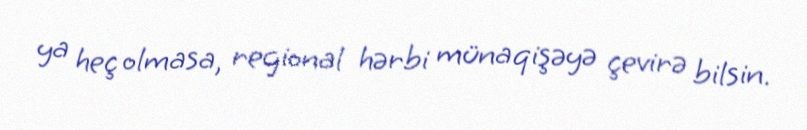
ya heç olmasa, regional hərbi münaqişəyə çevirə bilsin.